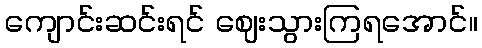
ကျောင်းဆင်းရင် ဈေးသွားကြရအောင်။